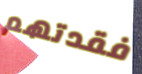
فقدتهم